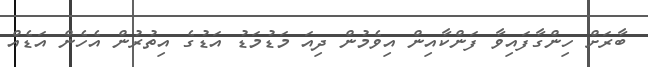
ބާރަށް ހިންގާފައިވާ ފަންކާއިން އިވެމުން ދިއަ މަޑުމަޑު އަޑުގެ އިތުރުން އެހެން އަޑެއް